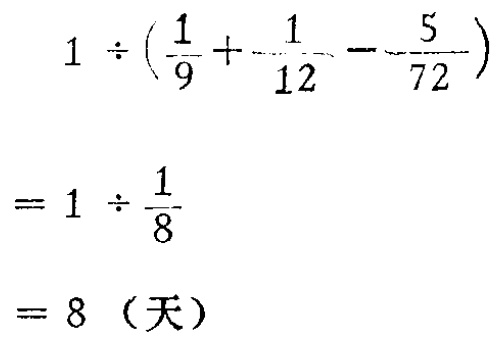
\[

\begin{align*}

&1\div(\frac{1}{9}+\frac{1}{12}-\frac{5}{72})\\

=&1\div\frac{1}{8}\\

=&8（天）

\end{align*}

\]